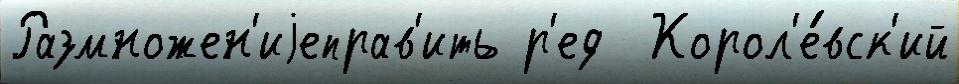
Размножен'иjеправ'ить р'ед  Корол'е́вск'ий